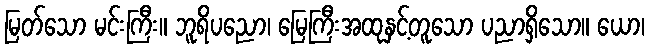
မြတ်သော မင်းကြီး။ ဘူရိပညော၊ မြေကြီးအထုနှင့်တူသော ပညာရှိသော။ ယော၊